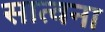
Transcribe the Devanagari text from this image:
सात्वना